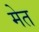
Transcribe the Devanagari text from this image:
मेत